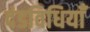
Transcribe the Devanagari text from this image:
दंडविधियाँ